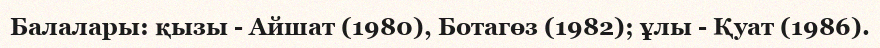
Балалары: қызы - Айшат (1980), Ботагөз (1982); ұлы - Қуат (1986).